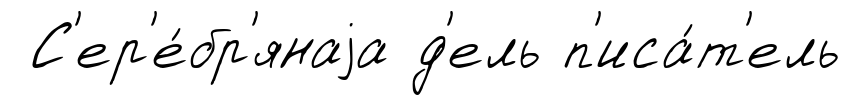
С'ер'е́бр'янаjа д'ель п'иса́т'ель